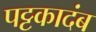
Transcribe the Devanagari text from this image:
पट्टकादंब